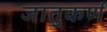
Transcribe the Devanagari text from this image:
जातुकर्ण